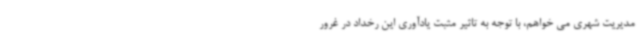
مدیریت شهری می خواهم، با توجه به تاثیر مثبت یادآوری این رخداد در غرور